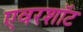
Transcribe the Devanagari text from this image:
एवरशॉट